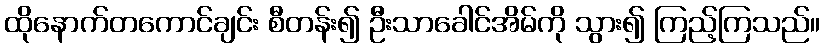
ထိုနောက်တကောင်ချင်း စီတန်း၍ ဦးသာခေါင်အိမ်ကို သွား၍ ကြည့်ကြသည်။